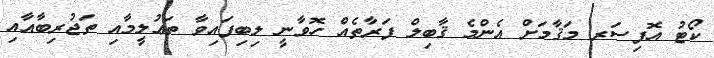
ކޯޓު އޮފިސަރ މަޤާމަށް އެންމެ ޤާބިލް ފަރާތެއް ހޮވާނީ ލިބިފައިވާ ތަޢުލީމާއި ތަޖުރިބާއާއި